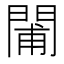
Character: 𨴪